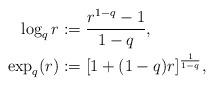
LaTeX: \begin{align*}\begin{aligned}\log_q r&:=\frac{r^{1-q}-1}{1-q},\\\exp_q(r)&:=[1+(1-q)r]^{\frac{1}{1-q}},\end{aligned}\end{align*}